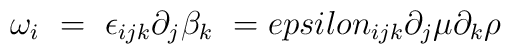
\omega_i \ = \ \epsilon_{ijk} \partial_j \beta_k \ = \\epsilon_{ijk} \partial_j \mu \partial_k \rho